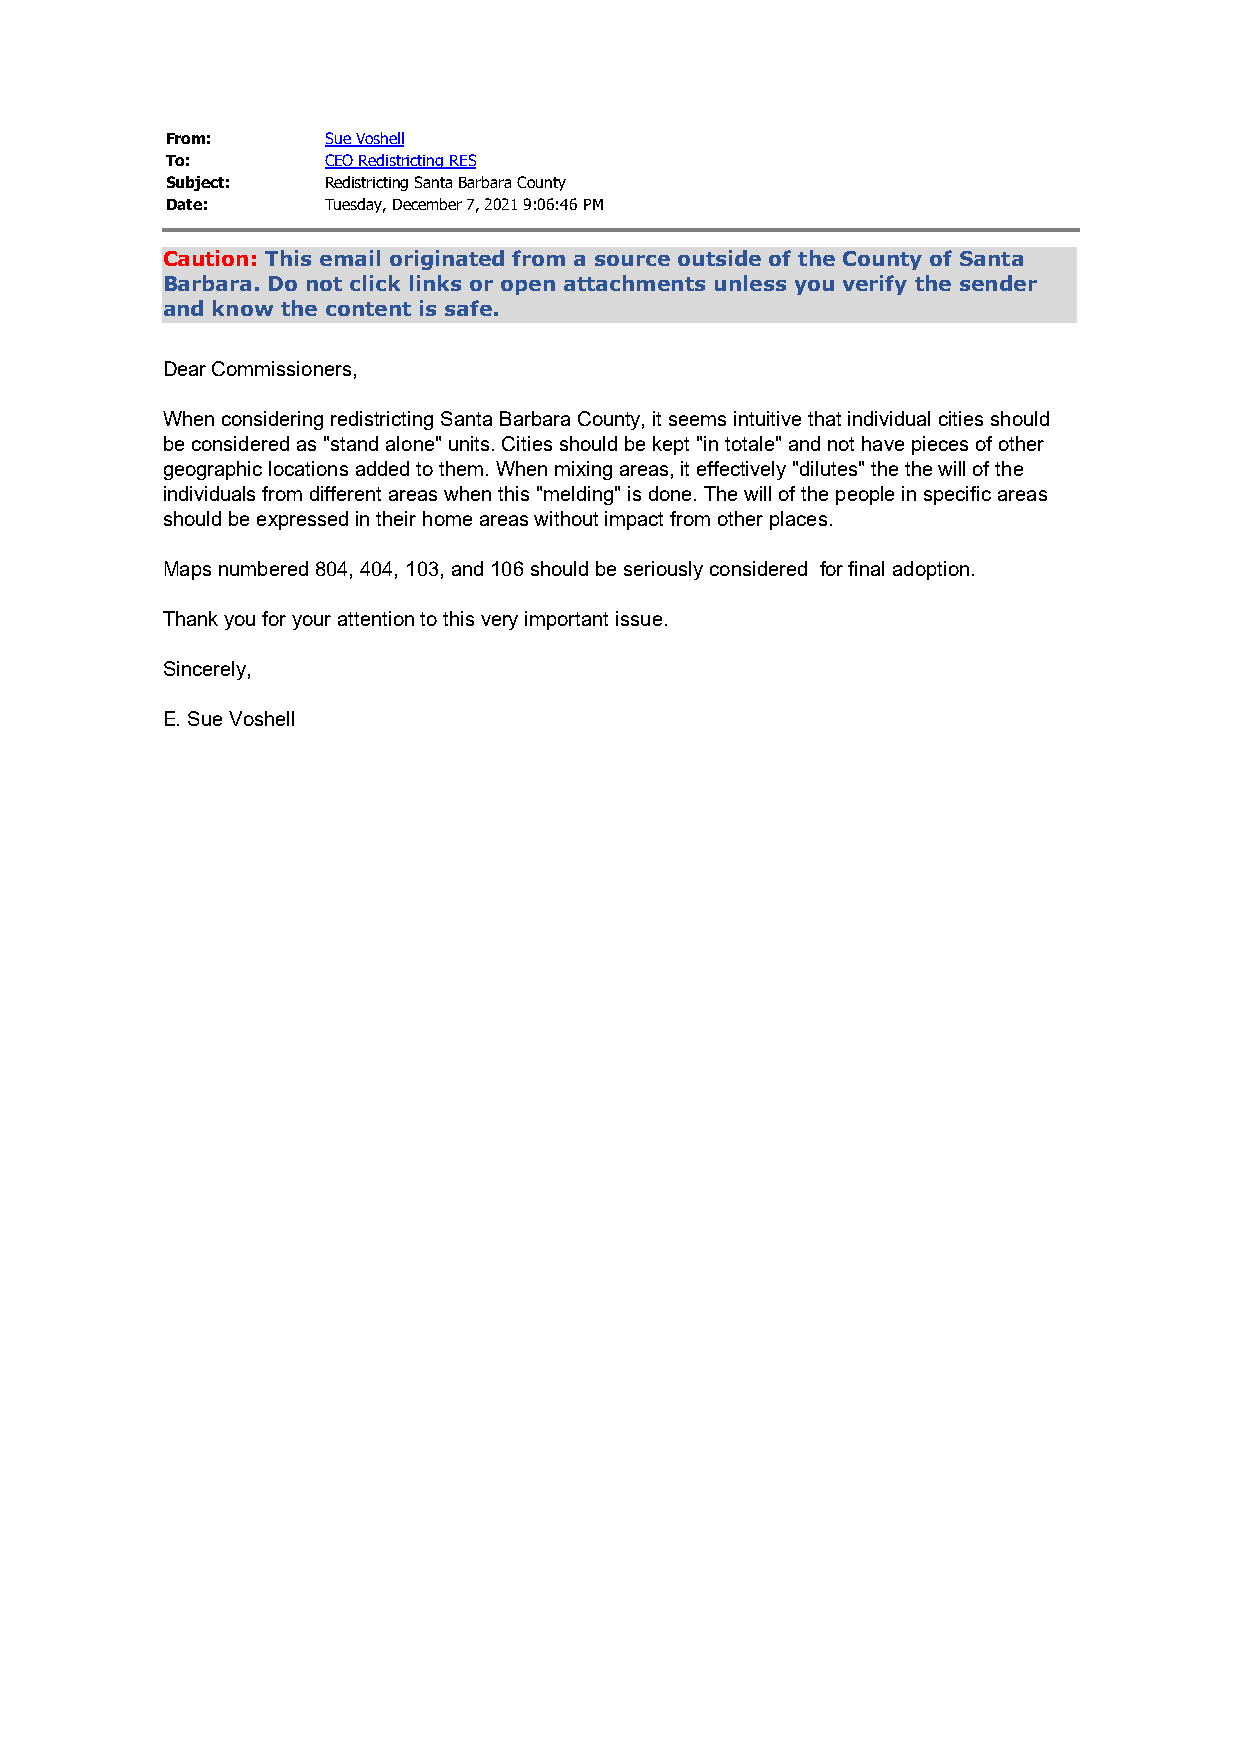
From:      Sue Voshell
 To:        CEO Redistricting RES
 Subject:   Redistricting Santa Barbara County
 Date:      Tuesday, December 7, 2021 9:06:46 PM
 Caution: This email originated from a source outside of the County of Santa
 Barbara. Do not click links or open attachments unless you verify the sender
 and know the content is safe.
 Dear Commissioners,
 When considering redistricting Santa Barbara County, it seems intuitive that individual cities should
 be considered as "stand alone" units. Cities should be kept "in totale" and not have pieces of other
 geographic locations added to them. When mixing areas, it effectively "dilutes" the the will of the
 individuals from different areas when this "melding" is done. The will of the people in specific areas
 should be expressed in their home areas without impact from other places.
 Maps numbered 804, 404, 103, and 106 should be seriously considered for final adoption.
 Thank you for your attention to this very important issue.
 Sincerely,
 E. Sue Voshell